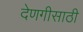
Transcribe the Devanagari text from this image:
देणगीसाठी